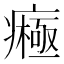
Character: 𤺷